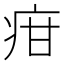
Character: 疳